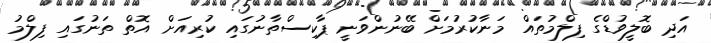
އަދި ބޮލީވުޑްގެ ފިލްމުތައް މަނާކުރުމަށް ބޭނުންވަނީ ޕާކިސްތާނުގައި ކުރިއަށް އޮތް ތަނުގައި ފިލްމު